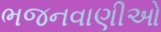
ભજનવાણીઓ